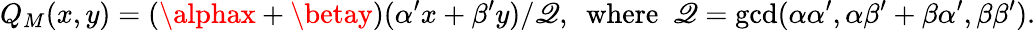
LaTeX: Q_{M}(x,y)=(\alphax+\betay)(\alpha^{\prime}x+\beta^{\prime}y)/\mathscr{Q},\mathrm{{~~where~~}}\mathscr{Q}=\operatorname*{gcd}(\alpha\alpha^{\prime},\alpha\beta^{\prime}+\beta\alpha^{\prime},\beta\beta^{\prime}).